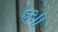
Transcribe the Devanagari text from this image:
६२।।